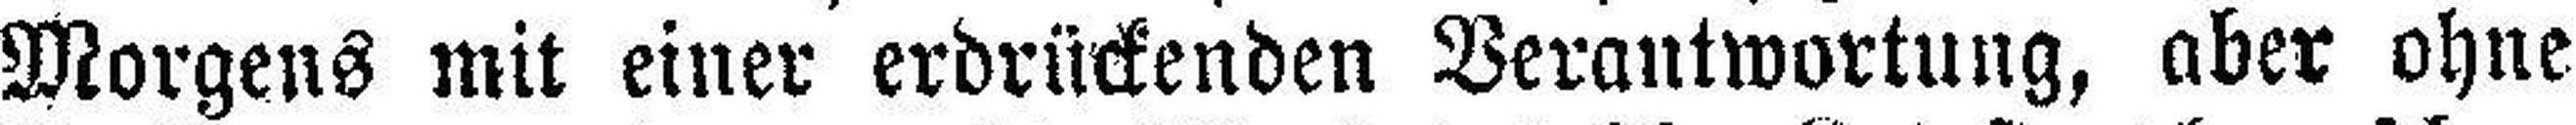
Morgens mit einer erdrückenden Verantwortung, aber ohne